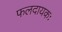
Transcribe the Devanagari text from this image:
फलदायकः